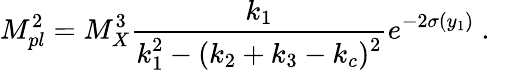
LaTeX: M_{pl}^{2}={M_{X}^{3}}{\frac{k_{1}}{\displaystyle{k_{1}^{2}-(k_{2}+k_{3}-k_{c})^{2}}}}e^{-2\sigma(y_{1})}~.~\,